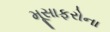
મૂસાફરોના